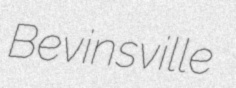
Bevinsville